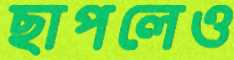
ছাপলেও